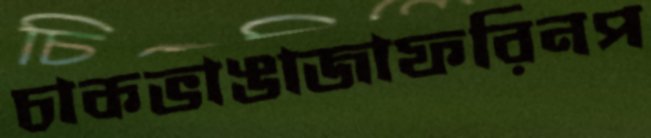
চাকভাঙাজাফরিনপ